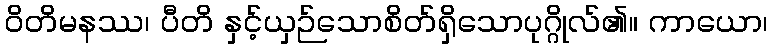
ဝိတိမနဿ၊ ပီတိ နှင့်ယှဉ်သောစိတ်ရှိသောပုဂ္ဂိုလ်၏။ ကာယော၊